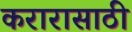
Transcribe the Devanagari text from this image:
करारासाठी